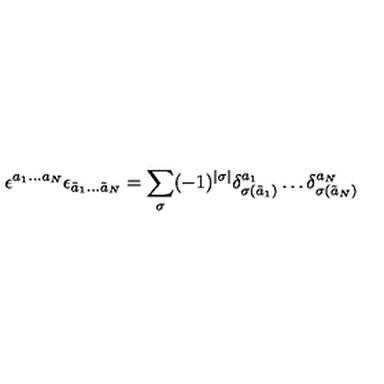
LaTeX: \epsilon ^ { a _ { 1 } \dots a _ { N } } \epsilon _ { \tilde { a } _ { 1 } \dots \tilde { a } _ { N } } = \sum _ { \sigma } ( - 1 ) ^ { | \sigma | } \delta _ { \sigma ( \tilde { a } _ { 1 } ) } ^ { a _ { 1 } } \dots \delta _ { \sigma ( \tilde { a } _ { N } ) } ^ { a _ { N } }